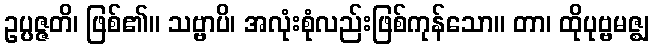
ဥပ္ပဇ္ဇတိ၊ ဖြစ်၏။ သဗ္ဗာပိ၊ အလုံးစုံလည်းဖြစ်ကုန်သော။ တာ၊ ထိုပုဗ္ဗမဇ္ဈ